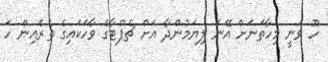
ހޫ ވަނީ މިހާތަނަށް އޭނަ ލިޔަމުންދާ އަށް ޗެޕްޓާގެ ވާހަކައިގެ ތެރެއިން ހަ